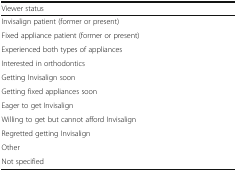
<table><thead><tr><td><b>Viewer status</b></td></tr></thead><tbody><tr><td>Invisalign patient (former or present)</td></tr><tr><td>Fixed appliance patient (former or present)</td></tr><tr><td>Experienced both types of appliances</td></tr><tr><td>Interested in orthodontics</td></tr><tr><td>Getting Invisalign soon</td></tr><tr><td>Getting fixed appliances soon</td></tr><tr><td>Eager to get Invisalign</td></tr><tr><td>Willing to get but cannot afford Invisalign</td></tr><tr><td>Regretted getting Invisalign</td></tr><tr><td>Other</td></tr><tr><td>Not specified</td></tr></tbody></table>